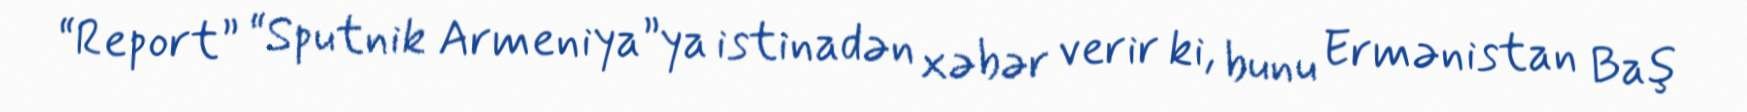
“Report” “Sputnik Armeniya”ya istinadən xəbər verir ki, bunu Ermənistan Baş